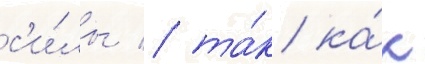
с'и́лы / та́к ка́к